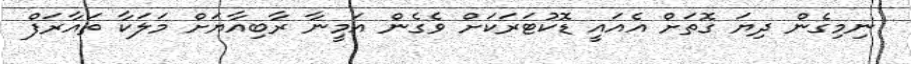
ނިމިގެން ދިޔަ ގޮތަށް އެއައީ ޑޮކުޓަރަކަށް ވެގެން އަމީނާ ރާބިއާޔަށް މަލަކާ ތައާރަފް